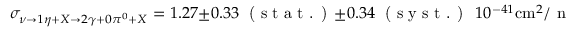
\sigma _ { \nu \rightarrow 1 \eta + X \rightarrow 2 \gamma + 0 \pi ^ { 0 } + X } = 1 . 2 7 \pm 0 . 3 3 \; \textrm { ( s t a t . ) } \pm 0 . 3 4 \; \textrm { ( s y s t . ) } \; 1 0 ^ { - 4 1 } \mathrm { c m } ^ { 2 } / \textrm { n u c l e o n }